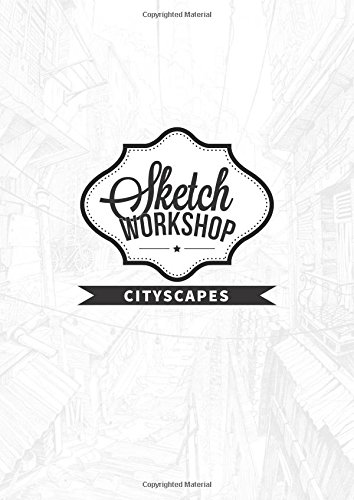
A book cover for Sketch Workshop: Cityscapes; Arts & Photography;